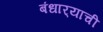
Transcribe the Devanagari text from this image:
बंधार्‍याची